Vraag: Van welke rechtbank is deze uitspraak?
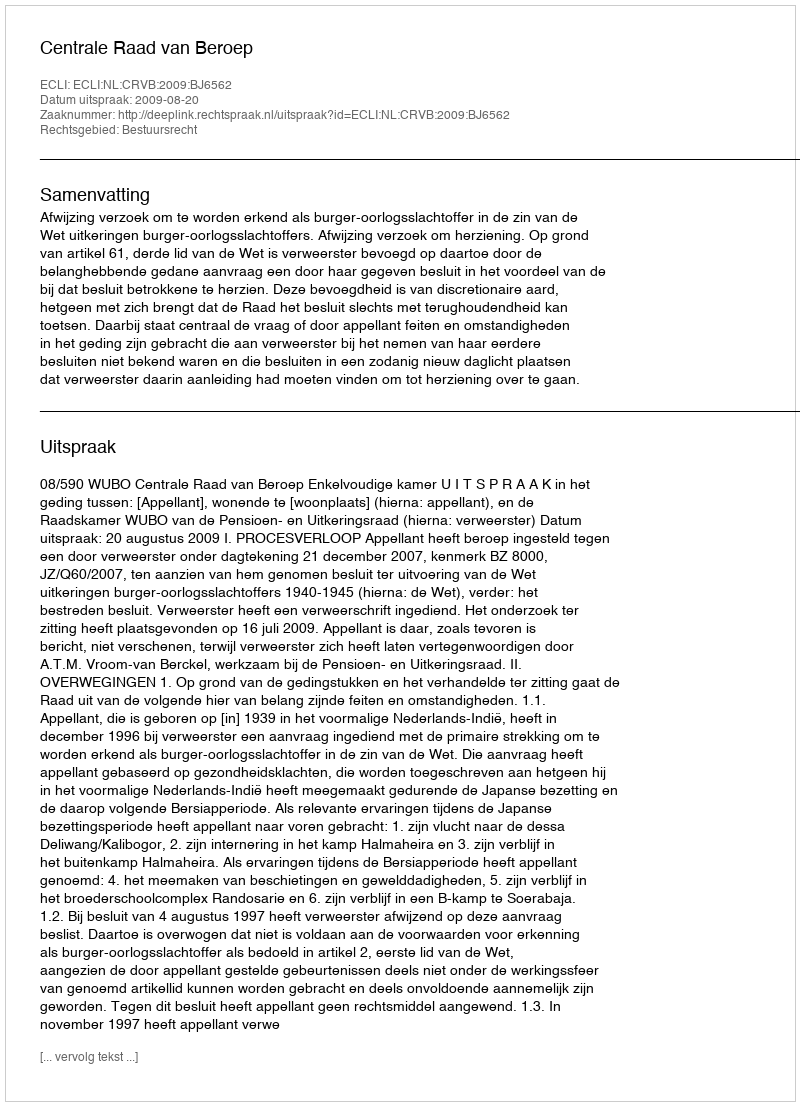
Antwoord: Centrale Raad van Beroep